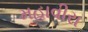
મહાવીરા